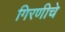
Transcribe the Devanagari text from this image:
गिरणीचे